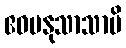
ဧဝမနုသာသာမိ